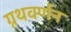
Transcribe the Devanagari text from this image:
ग्रथवर्णन